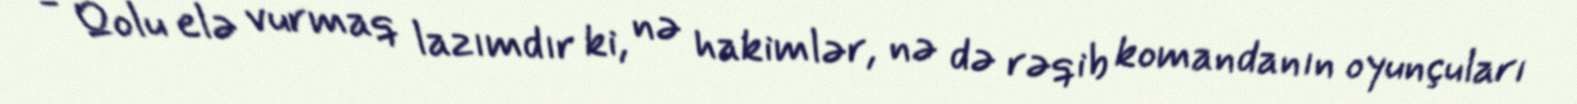
- Qolu elə vurmaq lazımdır ki, nə hakimlər, nə də rəqib komandanın oyunçuları